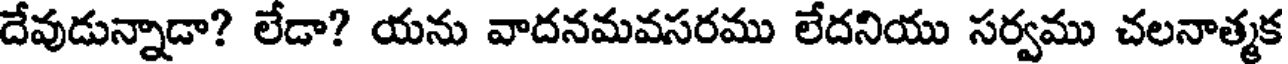
దేవుడున్నాడా? లేడా? యను వాదనమవసరము లేదనియు సర్వము చలనాత్మక